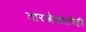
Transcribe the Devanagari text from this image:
तारखेखालीही